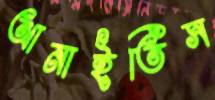
আনাইতিস